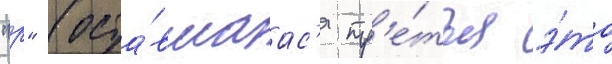
"р" (оста́вшаас'я тр'е́тья э́то